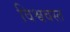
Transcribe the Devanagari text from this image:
विश्ववस्त